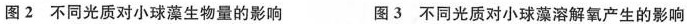
图2不同光质对小球藻生物量的影响 图3不同光质对小球藻溶解氧产生的影响